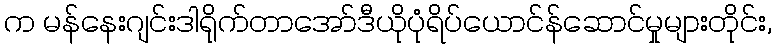
က မန်နေးဂျင်းဒါရိုက်တာအော်ဒီယိုပုံရိပ်ယောင်န်ဆောင်မှုများတိုင်း,